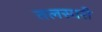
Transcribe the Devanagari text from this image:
तलसारी